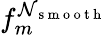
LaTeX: f_{m}^{\mathcal{N}_{\mathrm{{~s~m~o~o~t~h~}}}}